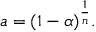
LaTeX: a = ( 1 - \alpha ) ^ { \frac { 1 } { n } } .